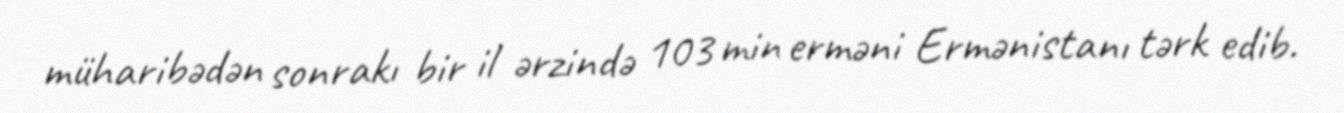
müharibədən sonrakı bir il ərzində 103 min erməni Ermənistanı tərk edib.